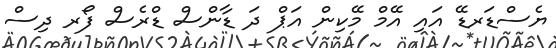
ޔެސްޑަރޑޭ އައި އޭމް މޭކިން އަޕް ދަ ޑާންސް ޑްރެސް ފޯރ ދިސް